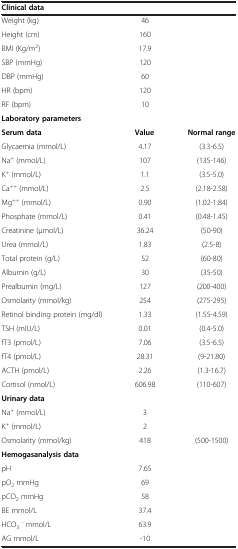
| Clinical data |  |  |
 | --- | --- | --- |
 | Weight (kg) | 46 |  |
 | Height (cm) | 160 |  |
 | BMI (Kg/m2) | 17.9 |  |
 | SBP (mmHg) | 120 |  |
 | DBP (mmHg) | 60 |  |
 | HR (bpm) | 120 |  |
 | RF (bpm) | 10 |  |
 | Laboratory parameters |  |  |
 | Serum data | Value | Normal range |
 | Glycaemia (mmol/L) | 4.17 | (3.3-6.5) |
 | Na+ (mmol/L) | 107 | (135-146) |
 | K+ (mmol/L) | 1.1 | (3.5-5.0) |
 | Ca++ (mmol/L) | 2.5 | (2.18-2.58) |
 | Mg++ (mmol/L) | 0.90 | (1.02-1.84) |
 | Phosphate (mmol/L) | 0.41 | (0.48-1.45) |
 | Creatinine (μmol/L) | 36.24 | (50-90) |
 | Urea (mmol/L) | 1.83 | (2.5-8) |
 | Total protein (g/L) | 52 | (60-80) |
 | Albumin (g/L) | 30 | (35-50) |
 | Prealbumin (mg/L) | 127 | (200-400) |
 | Osmolarity (mmol/kg) | 254 | (275-295) |
 | Retinol binding protein (mg/dl) | 1.33 | (1.55-4.59) |
 | TSH (mlU/L) | 0.01 | (0.4-5.0) |
 | fT3 (pmol/L) | 7.06 | (3.5-6.5) |
 | fT4 (pmol/L) | 28.31 | (9-21.80) |
 | ACTH (pmol/L) | 2.26 | (1.3-16.7) |
 | Cortisol (nmol/L) | 606.98 | (110-607) |
 | <COLSPAN=3> Urinary data |
 | Na+ (mmol/L) | 3 |  |
 | K+ (mmol/L) | 2 |  |
 | Osmolarity (mmol/kg) | 418 | (500-1500) |
 | <COLSPAN=3> Hemogasanalysis data |
 | pH | 7.65 |  |
 | pO2 mmHg | 69 |  |
 | pCO2 mmHg | 58 |  |
 | BE mmol/L | 37.4 |  |
 | HCO3- mmol/L | 63.9 |  |
 | AG mmol/L | -10 |  |